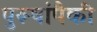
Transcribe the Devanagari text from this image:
पुरूषांपैकी